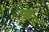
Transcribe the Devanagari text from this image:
न्यू़